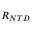
R _ { N T D }